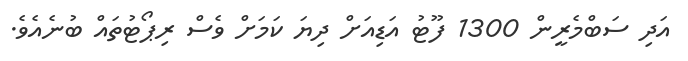
އަދި ސަބްމެރީން 1300 ފޫޓު އަޑިއަށް ދިޔަ ކަމަށް ވެސް ރިޕޯޓުތައް ބުނެއެވެ.